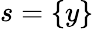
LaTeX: s=\{ y\}